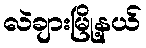
လဲချားမြို့နယ်